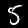
Digit: 5